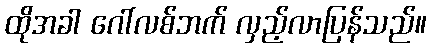
ထိုအခါ ဂေါ်လစ်ဘက် လှည့်လာပြန်သည်။